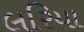
લરિયા